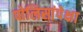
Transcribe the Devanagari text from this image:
पोलिसांपेक्षा